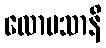
လောမသာနိ